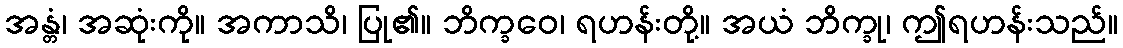
အန္တံ၊ အဆုံးကို။ အကာသိ၊ ပြု၏။ ဘိက္ခဝေ၊ ရဟန်းတို့။ အယံ ဘိက္ခု၊ ဤရဟန်းသည်။